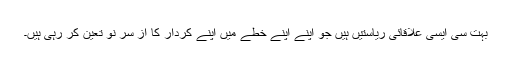
بہت سی ایسی علاقائی ریاستیں ہیں جو اپنے اپنے خطے میں اپنے کردار کا از سر نو تعین کر رہی ہیں۔